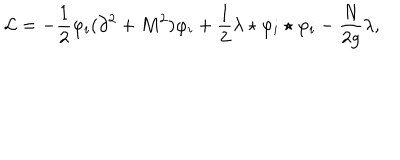
{ \cal L } = - \frac 1 2 \varphi _ { i } ( \partial ^ { 2 } + M ^ { 2 } ) \varphi _ { i } + \frac 1 2 \lambda \star \varphi _ { i } \star \varphi _ { i } - \frac { N } { 2 g } \lambda ,